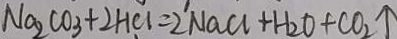
N a _ { 2 } C O _ { 3 } + 2 H C l = 2 ^ { \prime } N a C l + H _ { 2 } O + C O _ { 2 } \uparrow